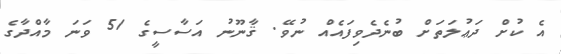
އެ ކުށް ދަޢުލަތަށް ބުނެދެވިފައެއް ނުވޭ. ޤާނޫނު އަސާސީގެ 51 ވަނަ މާއްދާގެ